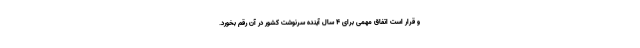
و قرار است اتفاق مهمی برای ۴ سال آینده سرنوشت کشور در آن رقم بخورد.